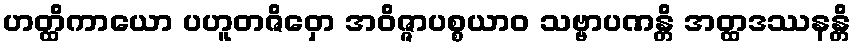
ဟတ္ထိကာယော ပဟူတဇိဝှော အဝိဇ္ဇာပစ္စယာဝ သဗ္ဗာပဏန္တိ အတ္ထဒဿနန္တိ